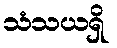
သံသယရှိ